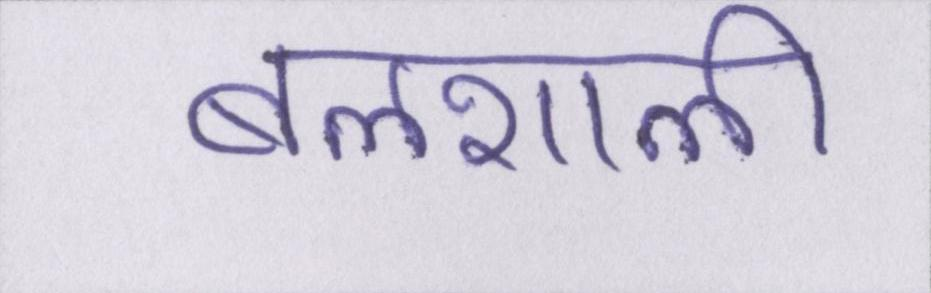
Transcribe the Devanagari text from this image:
बलशाली